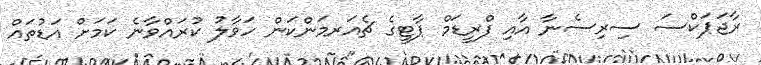
ރާޖަޕަކްސަ ސިރިސެނާ އާއި ފްރީޑަމް ޕާޓީގެ ޗެއަރމަންކަން ހަވާލު ކުރައްވާނެ ކަމަށް އަޑުތައް